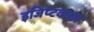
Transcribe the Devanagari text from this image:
इजिप्टकाल